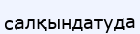
салқындатуда